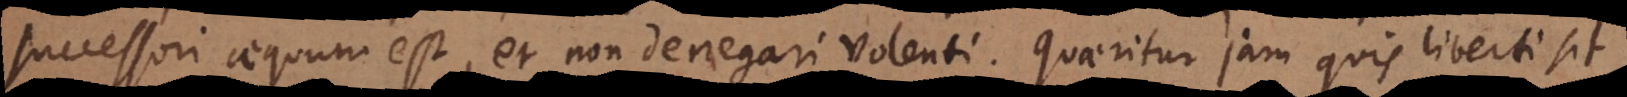
successori aequum est, et non denegari volenti. Quaeritur jam quis liberti sit